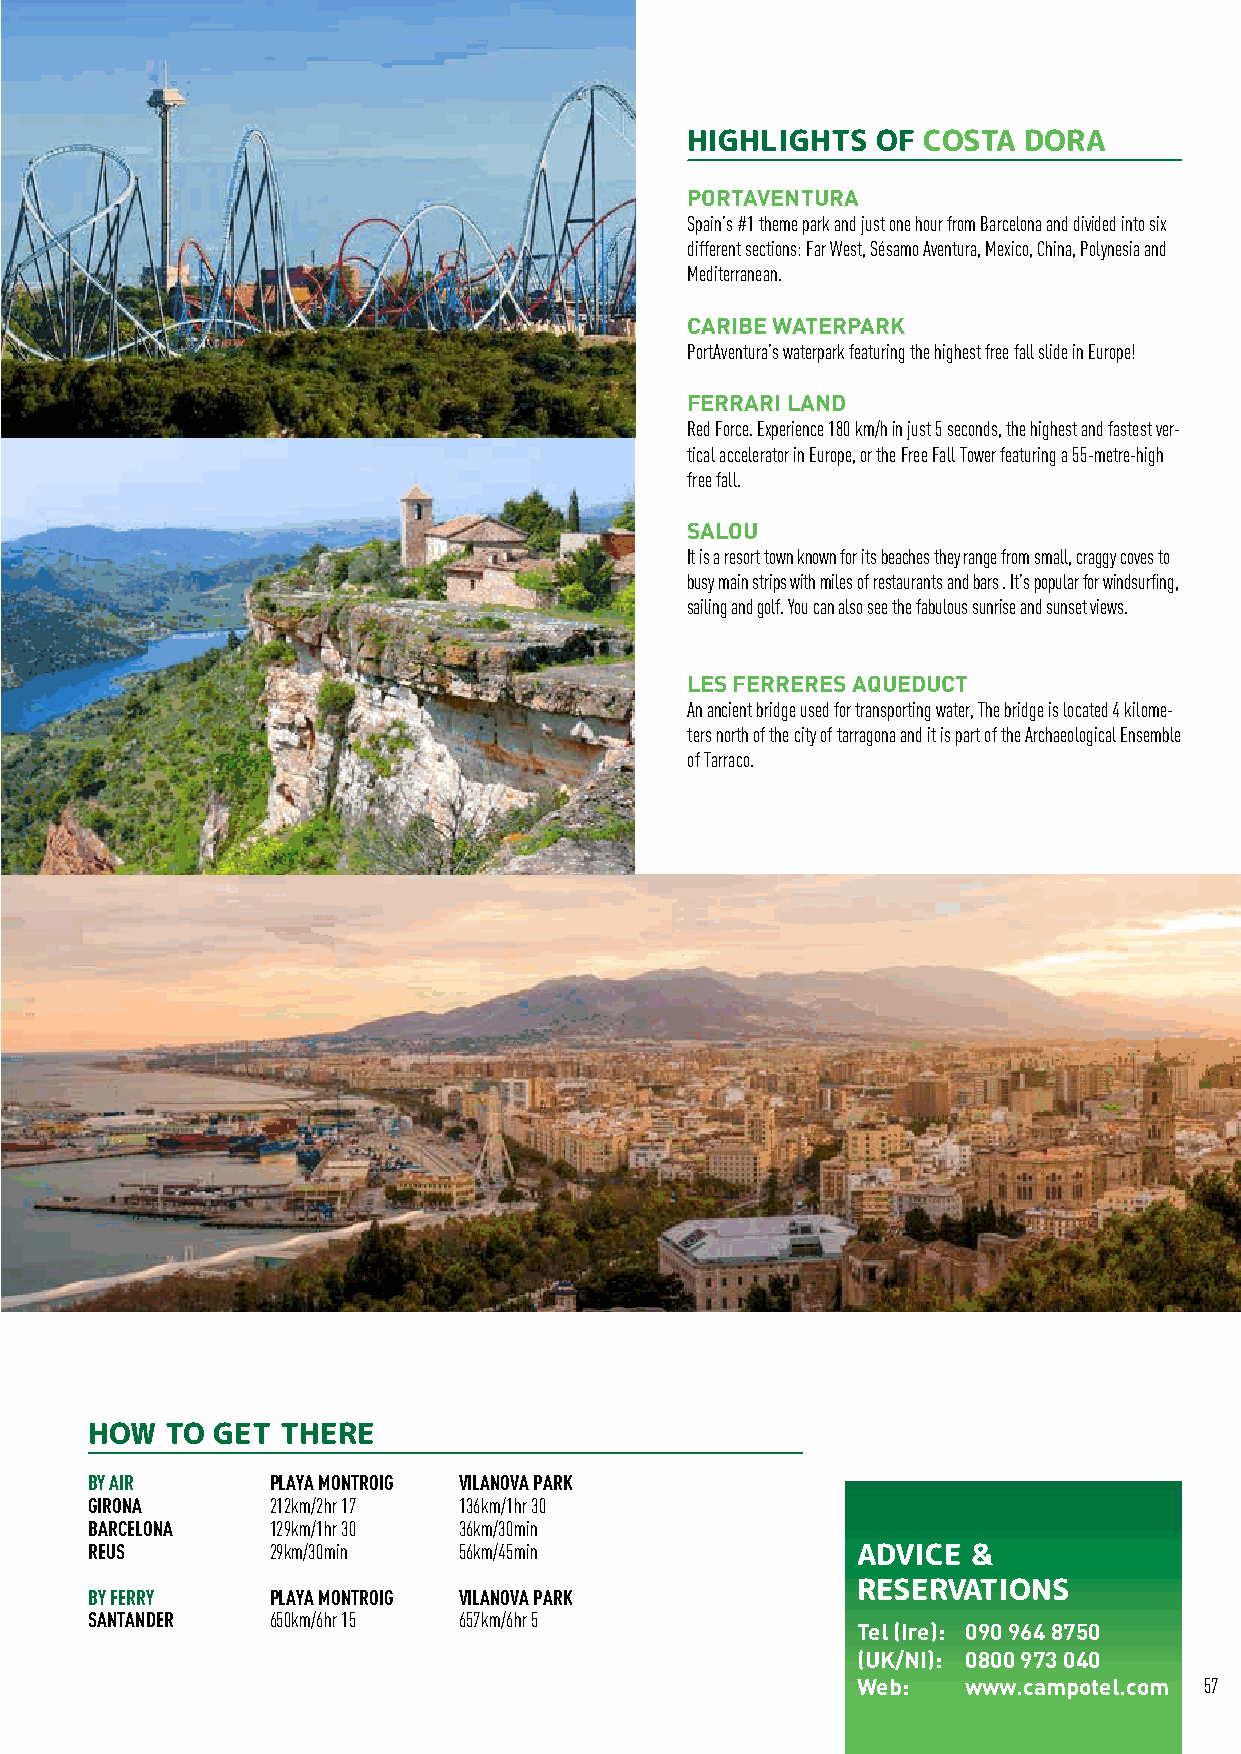
COSTA DORADA SPAIN
 HIGHLIGHTS   OF COSTA  DORA
 PORTAVENTURA
 Spain’s #1 theme park and just one hour from Barcelona and divided into six
 different sections: Far West, Sésamo Aventura, Mexico, China, Polynesia and
 Mediterranean.
 CARIBE WATERPARK
 PortAventura’s waterpark featuring the highest free fall slide in Europe!
 FERRARI LAND
 Red Force. Experience 180 km/h in just 5 seconds, the highest and fastest ver-
 tical accelerator in Europe, or the Free Fall Tower featuring a 55-metre-high
 free fall.
 SALOU
 It is a resort town known for its beaches they range from small, craggy coves to
 busy main strips with miles of restaurants and bars . It’s popular for windsurfing,
 sailing and golf. You can also see the fabulous sunrise and sunset views.
 LES FERRERES AQUEDUCT
 An ancient bridge used for transporting water, The bridge is located 4 kilome-
 ters north of the city of tarragona and it is part of the Archaeological Ensemble
 of Tarraco.
 HOW  TO GET  THERE
 BY AIR      PLAYA MONTROIG VILANOVA PARK
 GIRONA      212km/2hr 17 136km/1hr 30
 BARCELONA   129km/1hr 30 36km/30min
 REUS        29km/30min  56km/45min                 ADVICE &
 RESERVATIONS
 BY FERRY    PLAYA MONTROIG VILANOVA PARK
 SANTANDER   650km/6hr 15 657km/6hr 5
 Tel (Ire): 090 964 8750
 (UK/NI): 0800 973 040
 Web:   www.campotel.com 57